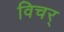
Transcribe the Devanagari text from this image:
विचर्